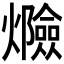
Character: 𰟸